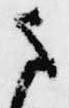
さ